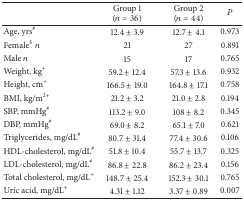
<table><thead><tr><td><b> </b></td><td><b>Group 1 (<i>n</i> = 36)</b></td><td><b>Group 2 (<i>n</i> = 44)</b></td><td><b><i>P</i></b></td></tr></thead><tbody><tr><td>Age, yrs<sup>#</sup></td><td>12.4 ± 3.9</td><td>12.7 ± 4.1</td><td>0.973</td></tr><tr><td>Female<sup>$</sup><i>n</i></td><td>21</td><td>27</td><td>0.891</td></tr><tr><td>Male <i>n</i></td><td>15</td><td>17</td><td>0.765</td></tr><tr><td>Weight, kg<sup>+</sup></td><td>59.2 ± 12.4</td><td>57.3 ± 13.6</td><td>0.932</td></tr><tr><td>Height, cm<sup>+</sup></td><td>166.5 ± 19.0</td><td>164.8 ± 17.1</td><td>0.758</td></tr><tr><td>BMI, kg/m<sup>2+</sup></td><td>21.2 ± 3.2</td><td>21.0 ± 2.8</td><td>0.194</td></tr><tr><td>SBP, mmHg<sup>#</sup></td><td>113.2 ± 9.0</td><td>108 ± 8.2</td><td>0.345</td></tr><tr><td>DBP, mmHg<sup>#</sup></td><td>69.0 ± 8.2</td><td>65.1 ± 7.0</td><td>0.621</td></tr><tr><td>Triglycerides, mg/dL<sup>#</sup></td><td>80.7 ± 31.4</td><td>77.4 ± 30.6</td><td>0.106</td></tr><tr><td>HDL-cholesterol, mg/dL<sup>#</sup></td><td>51.8 ± 10.4</td><td>55.7 ± 13.7</td><td>0.325</td></tr><tr><td>LDL-cholesterol, mg/dL<sup>#</sup></td><td>86.8 ± 22.8</td><td>86.2 ± 23.4</td><td>0.156</td></tr><tr><td>Total cholesterol, mg/dL<sup>+</sup></td><td>148.7 ± 25.4</td><td>152.3 ± 30.1</td><td>0.765</td></tr><tr><td>Uric acid, mg/dL<sup>+</sup></td><td>4.31 ± 1.12</td><td>3.37 ± 0.89</td><td>0.007</td></tr></tbody></table>